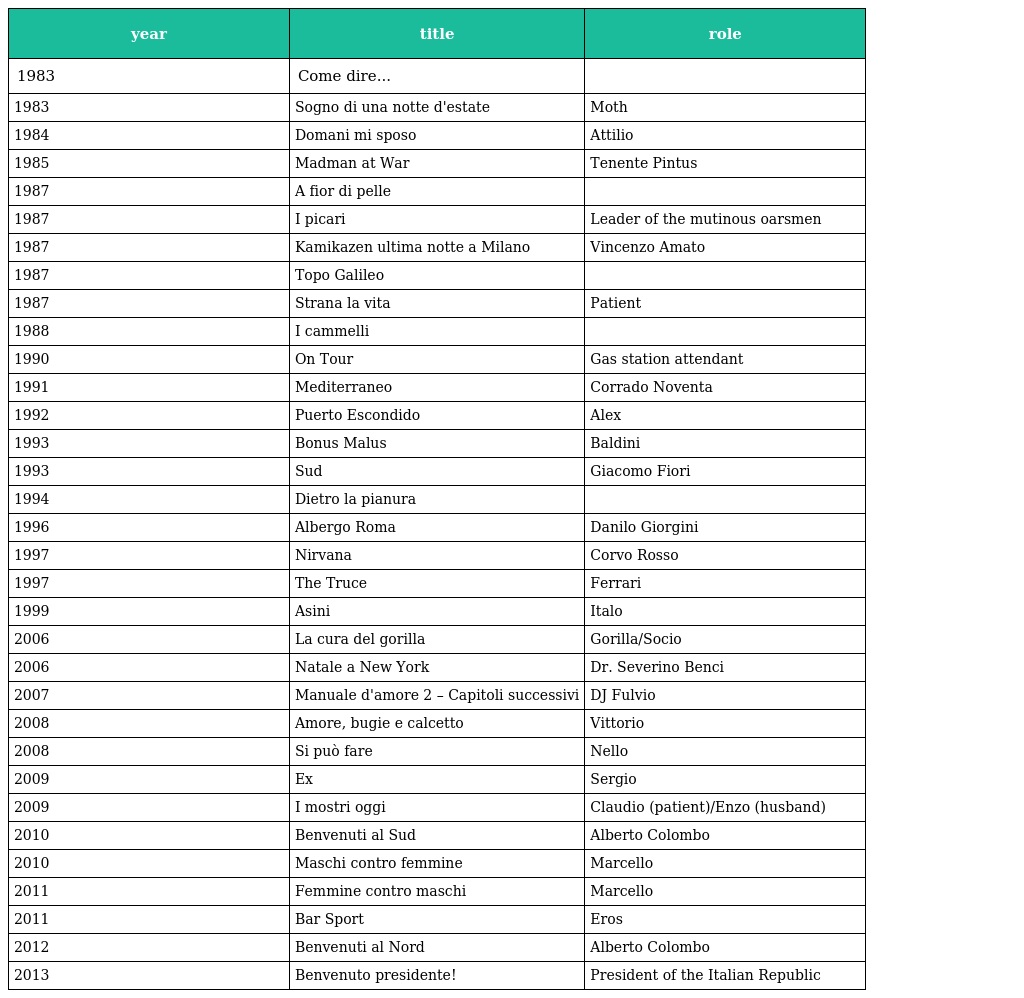
| year | title | role |
 | --- | --- | --- |
 | 1983 | Come dire... |  |
 | 1983 | Sogno di una notte d'estate | Moth |
 | 1984 | Domani mi sposo | Attilio |
 | 1985 | Madman at War | Tenente Pintus |
 | 1987 | A fior di pelle |  |
 | 1987 | I picari | Leader of the mutinous oarsmen |
 | 1987 | Kamikazen ultima notte a Milano | Vincenzo Amato |
 | 1987 | Topo Galileo |  |
 | 1987 | Strana la vita | Patient |
 | 1988 | I cammelli |  |
 | 1990 | On Tour | Gas station attendant |
 | 1991 | Mediterraneo | Corrado Noventa |
 | 1992 | Puerto Escondido | Alex |
 | 1993 | Bonus Malus | Baldini |
 | 1993 | Sud | Giacomo Fiori |
 | 1994 | Dietro la pianura |  |
 | 1996 | Albergo Roma | Danilo Giorgini |
 | 1997 | Nirvana | Corvo Rosso |
 | 1997 | The Truce | Ferrari |
 | 1999 | Asini | Italo |
 | 2006 | La cura del gorilla | Gorilla/Socio |
 | 2006 | Natale a New York | Dr. Severino Benci |
 | 2007 | Manuale d'amore 2 – Capitoli successivi | DJ Fulvio |
 | 2008 | Amore, bugie e calcetto | Vittorio |
 | 2008 | Si può fare | Nello |
 | 2009 | Ex | Sergio |
 | 2009 | I mostri oggi | Claudio (patient)/Enzo (husband) |
 | 2010 | Benvenuti al Sud | Alberto Colombo |
 | 2010 | Maschi contro femmine | Marcello |
 | 2011 | Femmine contro maschi | Marcello |
 | 2011 | Bar Sport | Eros |
 | 2012 | Benvenuti al Nord | Alberto Colombo |
 | 2013 | Benvenuto presidente! | President of the Italian Republic |